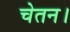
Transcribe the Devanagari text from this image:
चेतन।